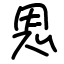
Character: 恩